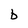
Character: b